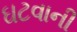
ઘટવાની